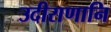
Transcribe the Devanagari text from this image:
उदीराणानि